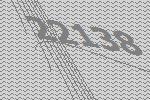
22138